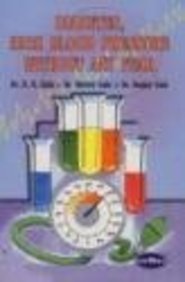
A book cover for Diabetes, High Blood Pressure without any Fear; D.R. Gala; Health, Fitness & Dieting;